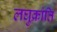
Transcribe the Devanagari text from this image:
लघुक्रांति